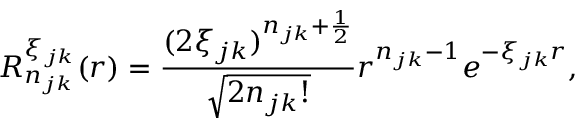
R _ { n _ { j k } } ^ { \xi _ { j k } } ( r ) = \frac { ( 2 \xi _ { j k } ) ^ { n _ { j k } + \frac { 1 } { 2 } } } { \sqrt { 2 n _ { j k } ! } } r ^ { n _ { j k } - 1 } e ^ { - \xi _ { j k } r } ,